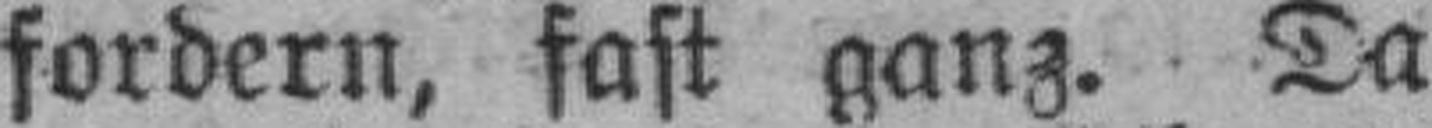
fordern, fast ganz. Da